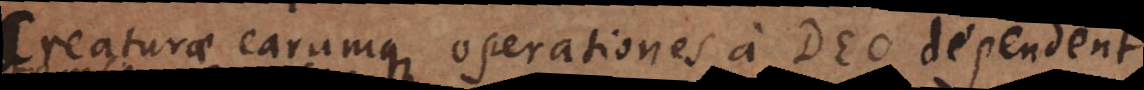
Creaturae earumque operationes a Deo dependent.